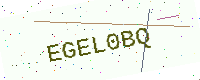
Text: EGEL0BQ